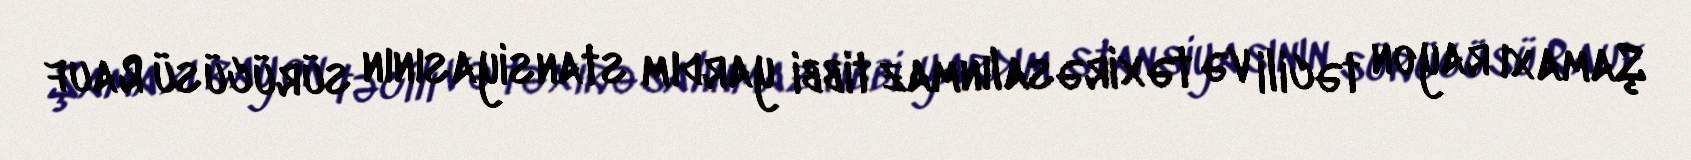
Şamaxı rayon təcili və təxirəsalınmaz tibbi yardım stansiyasının sürücüsü Rauf